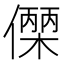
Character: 𬿼